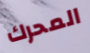
المحرك